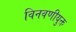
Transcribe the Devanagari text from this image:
विनवणीयुक्त